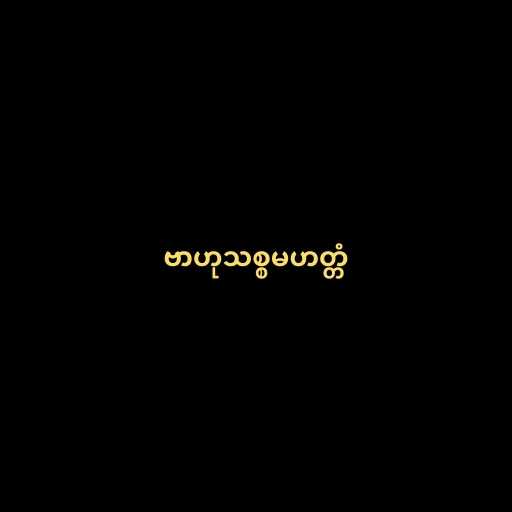
ဗာဟုသစ္စမဟတ္တံ